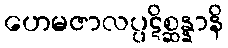
ဟေမဇာလပ္ပဋိစ္ဆန္နာနိ